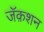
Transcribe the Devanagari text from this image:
जॅक़शन